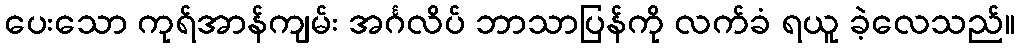
ပေးသော ကုရ်အာန်ကျမ်း အင်္ဂလိပ် ဘာသာပြန်ကို လက်ခံ ရယူ ခဲ့လေသည်။